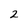
Character: 2